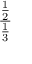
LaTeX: \frac { \frac { 1 } { 2 } } { \frac { 1 } { 3 } }